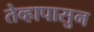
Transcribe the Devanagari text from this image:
तेव्हापासुन